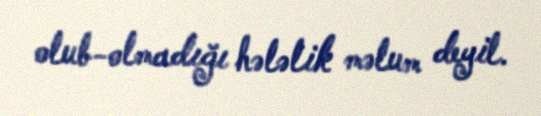
olub-olmadığı hələlik məlum deyil.